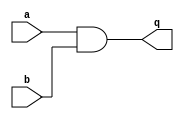

module and_gate (
  input a,  
  input b,
  output q
);

assign q = a && b;

endmodule